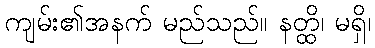
ကျမ်း၏အနက် မည်သည်။ နတ္ထိ၊ မရှိ၊